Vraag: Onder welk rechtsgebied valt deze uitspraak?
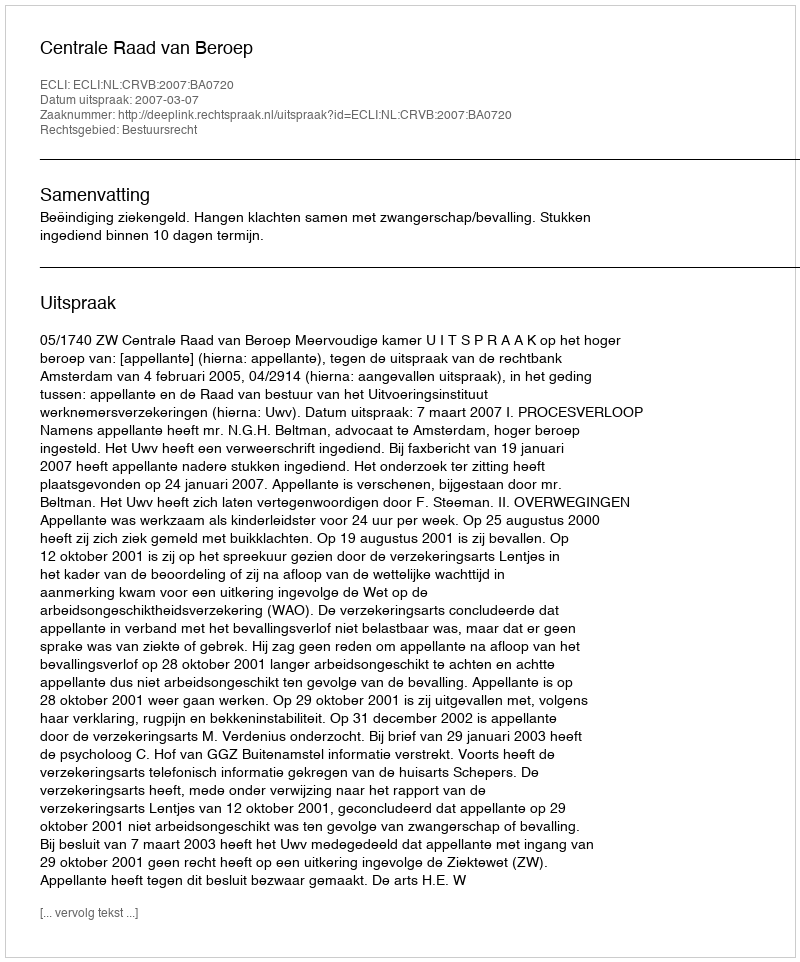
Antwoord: Bestuursrecht